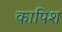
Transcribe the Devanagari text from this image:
कापिश